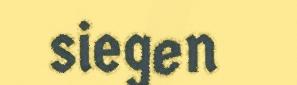
siegen